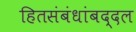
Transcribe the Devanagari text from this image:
हितसंबंधांबद्दल